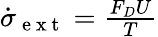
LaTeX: \begin{array}{r}{\dot{\sigma}_{\mathrm{~e~x~t~}}=\frac{{F}_{D}U}{T}}\end{array}